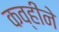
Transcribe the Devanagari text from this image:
कव्हीने